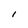
Character: 1